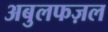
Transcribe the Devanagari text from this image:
अबुलफज़ल